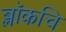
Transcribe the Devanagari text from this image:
ब्लॉकचि